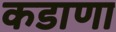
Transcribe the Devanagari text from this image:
कडाणा